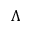
\Lambda